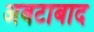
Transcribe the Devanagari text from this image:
अबटाबाद